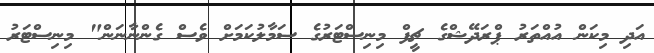
އަދި މިކަން އުއްތަރު ޕްރަދޭޝްގެ ޗީފް މިނިސްޓަރުގެ ސަމާލުކަމަށް ވެސް ގެންނާނަން" މިނިސްޓަރު